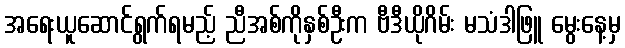
အရေးယူဆောင်ရွက်ရမည့် ညီအစ်ကိုနှစ်ဦးက ဗီဒီယိုဂိမ်း မသံဒါဖြူ မွေးနေ့မှ